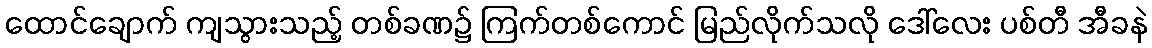
ထောင်ချောက် ကျသွားသည့် တစ်ခဏ၌ ကြက်တစ်ကောင် မြည်လိုက်သလို ဒေါ်လေး ပစ်တီ အီခနဲ